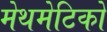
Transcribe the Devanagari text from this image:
मेथमेटिको